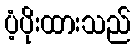
ပံ့ပိုးထားသည်